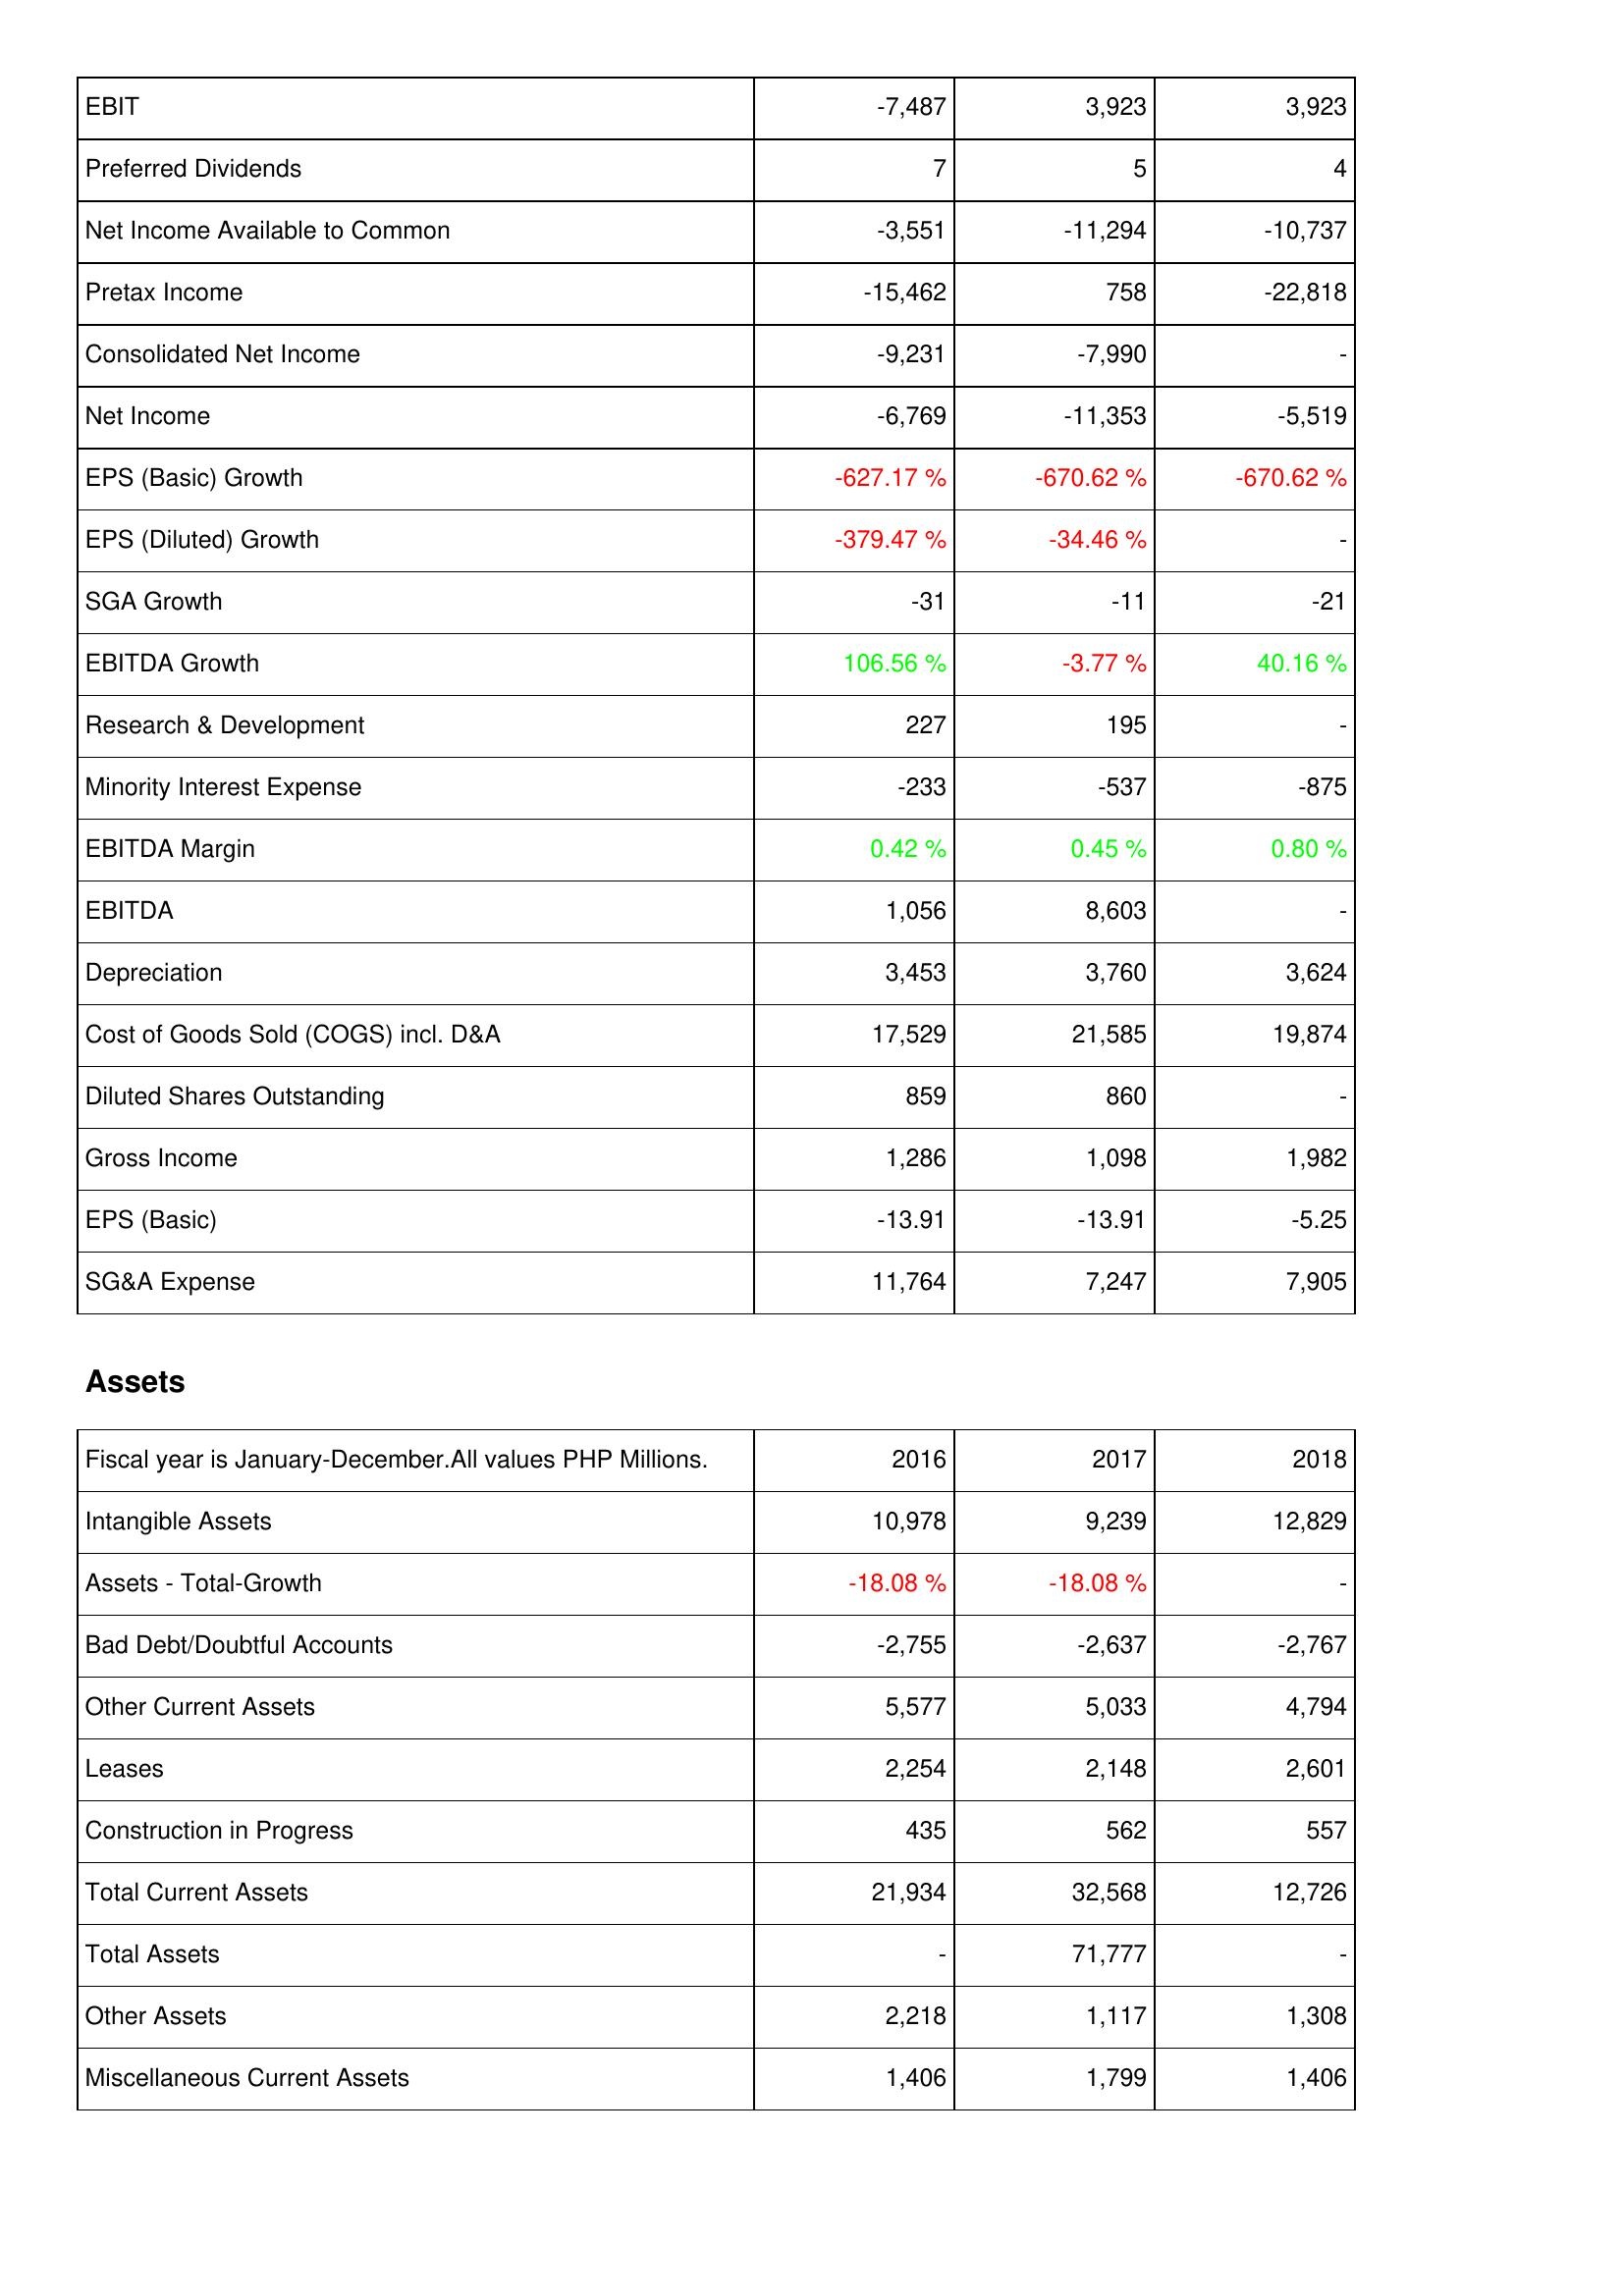
2016: Income Statement: EBIT: -7,487
Preferred Dividends: 7
Net Income Available to Common: -3,551
Pretax Income: -15,462
Consolidated Net Income: -9,231
Net Income: -6,769
EPS (Basic) Growth: -627.17 %
EPS (Diluted) Growth: -379.47 %
SGA Growth: -31
EBITDA Growth: 106.56 %
Research & Development: 227
Minority Interest Expense: -233
EBITDA Margin: 0.42 %
EBITDA: 1,056
Depreciation: 3,453
Cost of Goods Sold (COGS) incl. D&A: 17,529
Diluted Shares Outstanding: 859
Gross Income: 1,286
EPS (Basic): -13.91
SG&A Expense: 11,764
Assets: Intangible Assets: 10,978
Assets - Total-Growth: -18.08 %
Bad Debt/Doubtful Accounts: -2,755
Other Current Assets: 5,577
Leases: 2,254
Construction in Progress: 435
Total Current Assets: 21,934
Total Assets: -
Other Assets: 2,218
Miscellaneous Current Assets: 1,406
2017: Income Statement: EBIT: 3,923
Preferred Dividends: 5
Net Income Available to Common: -11,294
Pretax Income: 758
Consolidated Net Income: -7,990
Net Income: -11,353
EPS (Basic) Growth: -670.62 %
EPS (Diluted) Growth: -34.46 %
SGA Growth: -11
EBITDA Growth: -3.77 %
Research & Development: 195
Minority Interest Expense: -537
EBITDA Margin: 0.45 %
EBITDA: 8,603
Depreciation: 3,760
Cost of Goods Sold (COGS) incl. D&A: 21,585
Diluted Shares Outstanding: 860
Gross Income: 1,098
EPS (Basic): -13.91
SG&A Expense: 7,247
Assets: Intangible Assets: 9,239
Assets - Total-Growth: -18.08 %
Bad Debt/Doubtful Accounts: -2,637
Other Current Assets: 5,033
Leases: 2,148
Construction in Progress: 562
Total Current Assets: 32,568
Total Assets: 71,777
Other Assets: 1,117
Miscellaneous Current Assets: 1,799
2018: Income Statement: EBIT: 3,923
Preferred Dividends: 4
Net Income Available to Common: -10,737
Pretax Income: -22,818
Consolidated Net Income: -
Net Income: -5,519
EPS (Basic) Growth: -670.62 %
EPS (Diluted) Growth: -
SGA Growth: -21
EBITDA Growth: 40.16 %
Research & Development: -
Minority Interest Expense: -875
EBITDA Margin: 0.80 %
EBITDA: -
Depreciation: 3,624
Cost of Goods Sold (COGS) incl. D&A: 19,874
Diluted Shares Outstanding: -
Gross Income: 1,982
EPS (Basic): -5.25
SG&A Expense: 7,905
Assets: Intangible Assets: 12,829
Assets - Total-Growth: -
Bad Debt/Doubtful Accounts: -2,767
Other Current Assets: 4,794
Leases: 2,601
Construction in Progress: 557
Total Current Assets: 12,726
Total Assets: -
Other Assets: 1,308
Miscellaneous Current Assets: 1,406